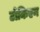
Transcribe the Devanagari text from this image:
टोकिएन